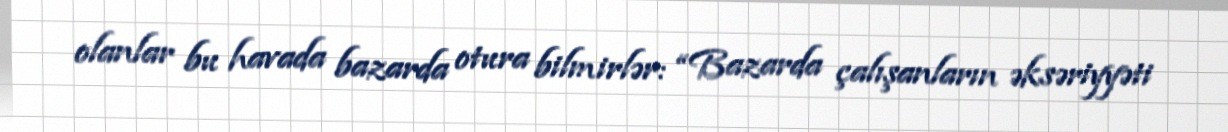
olanlar bu havada bazarda otura bilmirlər: “Bazarda çalışanların əksəriyyəti